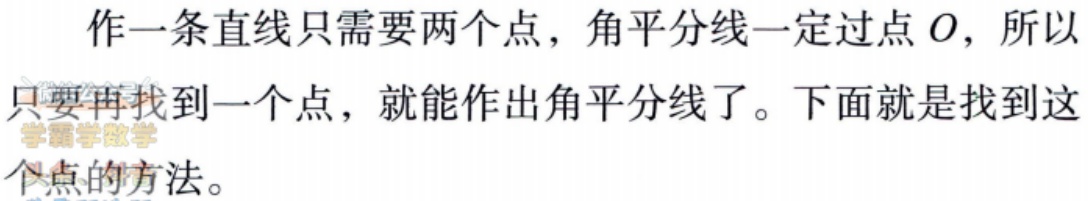
作一条直线只需要两个点，角平分线一定过点\(O\)，所以只要再找到一个点，就能作出角平分线了。下面就是找到这个点的方法。